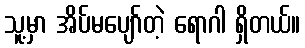
သူ့မှာ အိပ်မပျော်တဲ့ ရောဂါ ရှိတယ်။